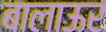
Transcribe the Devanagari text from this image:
बालाऊर